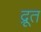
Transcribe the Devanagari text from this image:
द्रूत